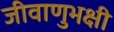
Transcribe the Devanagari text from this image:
जीवाणुभक्षी